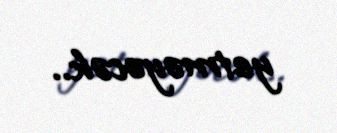
yetməyəcək..